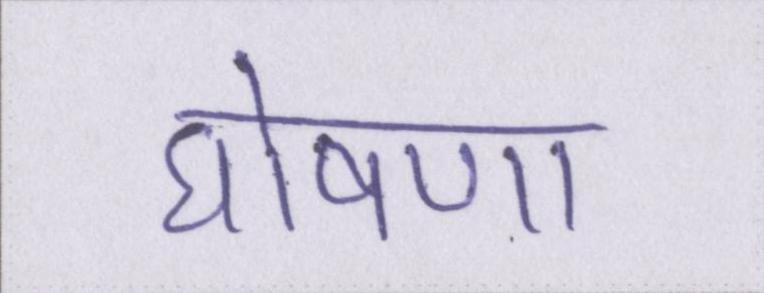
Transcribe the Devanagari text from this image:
घोषणा